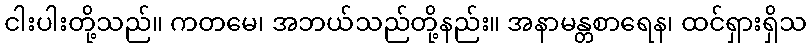
ငါးပါးတို့သည်။ ကတမေ၊ အဘယ်သည်တို့နည်း။ အနာမန္တစာရေန၊ ထင်ရှားရှိသ